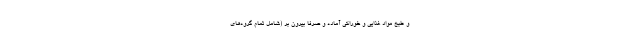
و طبخ مواد غذایی و خوراکی آماده و صرفا بیرون بر (شامل تمام گروه‌های